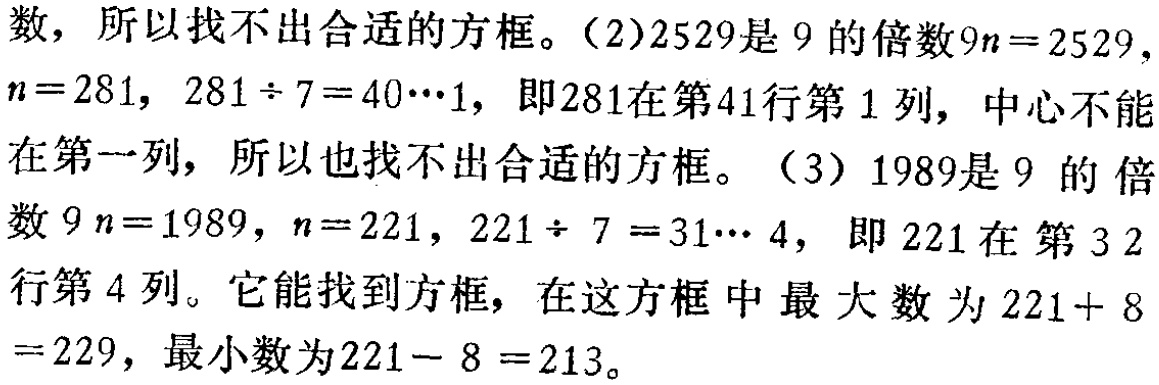
数，所以找不出合适的方框。（2）2529是 9 的倍数\(9n = 2529\)，\(n = 281\)，\(281\div7 = 40\cdots1\)，即281在第41行第1列，中心不能在第一列，所以也找不出合适的方框。（3）1989是 9 的倍数\(9n = 1989\)，\(n = 221\)，\(221\div7 = 31\cdots 4\)，即221在第32行第4列。它能找到方框，在这方框中最大数为\(221 + 8=229\)，最小数为\(221 - 8 = 213\)。